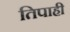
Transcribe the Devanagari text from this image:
तिपाही